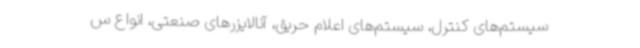
سیستم‌های کنترل، سیستم‌های اعلام حریق، آنالایزرهای صنعتی، انواع س